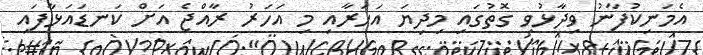
އެމަނިކުފާނު ވިދާޅުވި ގޮތުގައި މިދިޔަ އަހަރާއި މި އަހަރު ރާއްޖެ އަށް ކަނޑައަޅާފައި